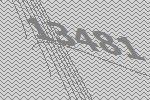
13481